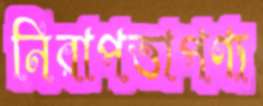
নিরাপত্তাপণ্য